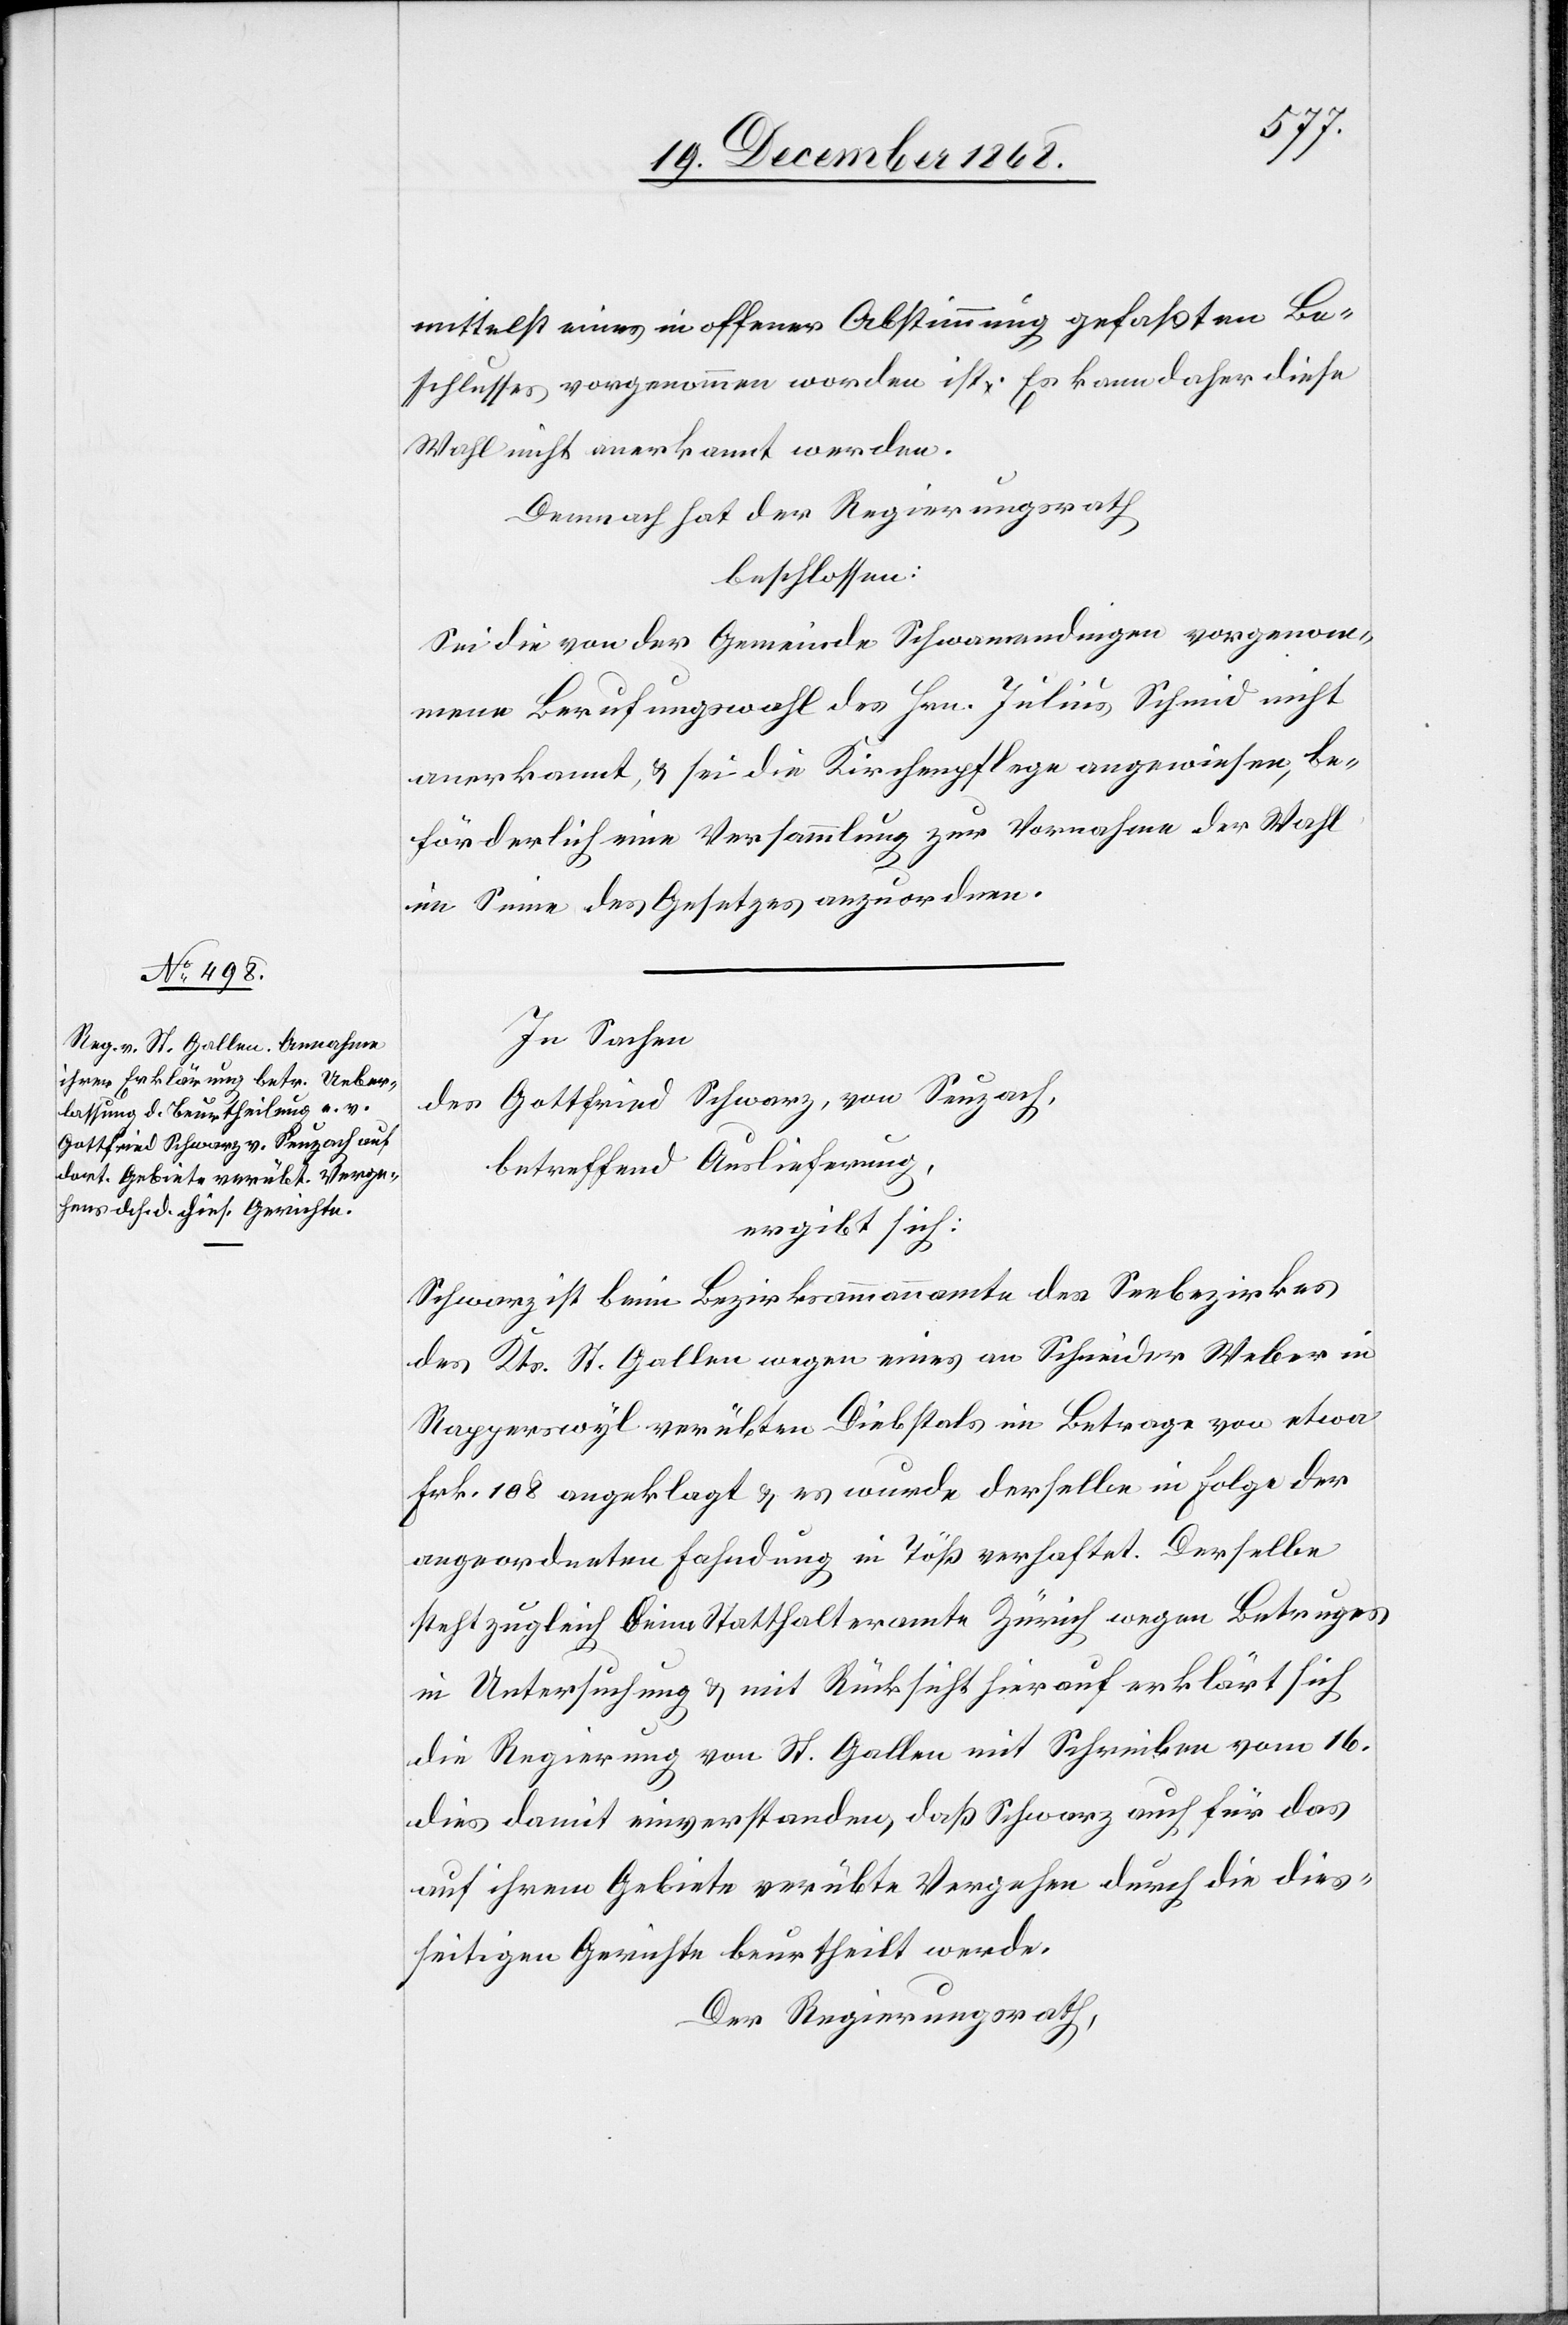
mittelst eines in offener Abstimmung gefaßten Be¬
schlusses vorgenommen worden ist. Es kann daher diese
Wahl nicht anerkannt werden.
Demnach hat der Regierungsrath
beschlossen:
Sei die von der Gemeinde Schwamendingen vorgenom¬
mene Berufungswahl des Hrn. Julius Schmid nicht
anerkannt, & sei die Kirchenpflege angewiesen, be¬
förderlich eine Versammlung zur Vornahme der Wahl
im Sinne des Gesetzes anzuordnen.
In Sachen
Gottfried Schwarz, von Seuzach,
des
betreffend Auslieferung,
ergibt sich:
Schwarz ist beim Bezirksammannamte des Seebezirkes
des Kts. St. Gallen wegen eines an Schneider Weber in
Rapperswyl verübten Diebstals im Betrage von etwa
Frk. 108 angeklagt & es wurde derselbe in Folge der
angeordneten Fahndung in Töß verhaftet. Derselbe
steht zugleich beim Statthalteramte Zürich wegen Betruges
in Untersuchung & mit Rücksicht hierauf erklärt sich
die Regierung von St. Gallen mit Schreiben vom 16.
dies damit einverstanden, daß Schwarz auch für das
auf ihrem Gebiete verübte Vergehen durch die dies¬
seitigen Gerichte beurtheilt werde.
Der Regierungsrath,